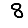
Digit: 8